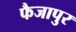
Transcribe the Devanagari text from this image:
फैजापुर